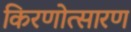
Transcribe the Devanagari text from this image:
किरणोत्सारण